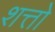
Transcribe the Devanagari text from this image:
शत्तो